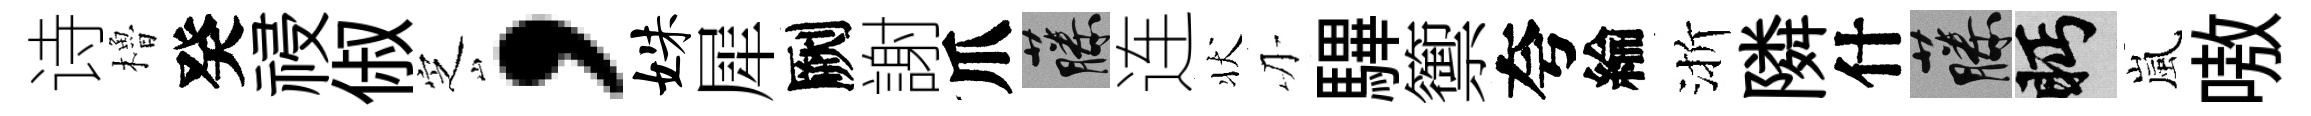
诗櫓癸祲俶㝎，姝犀劂謝爪藤连状刃驆籞夸綸渐隣什藤眄嵐嗷